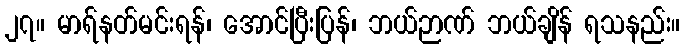
၂၇။ မာရ်နတ်မင်းရန်၊ အောင်ပြီးပြန်၊ ဘယ်ဉာဏ် ဘယ်ချိန် ရသနည်း။